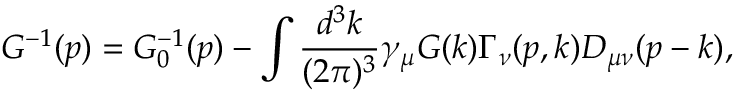
G ^ { - 1 } ( p ) = G _ { 0 } ^ { - 1 } ( p ) - \int \frac { d ^ { 3 } k } { ( 2 \pi ) ^ { 3 } } \gamma _ { \mu } G ( k ) \Gamma _ { \nu } ( p , k ) D _ { \mu \nu } ( p - k ) ,